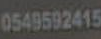
0549592415